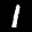
Label: 1